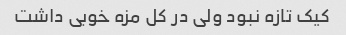
کیک تازه نبود ولی در کل مزه خوبی داشت